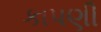
કાપણી